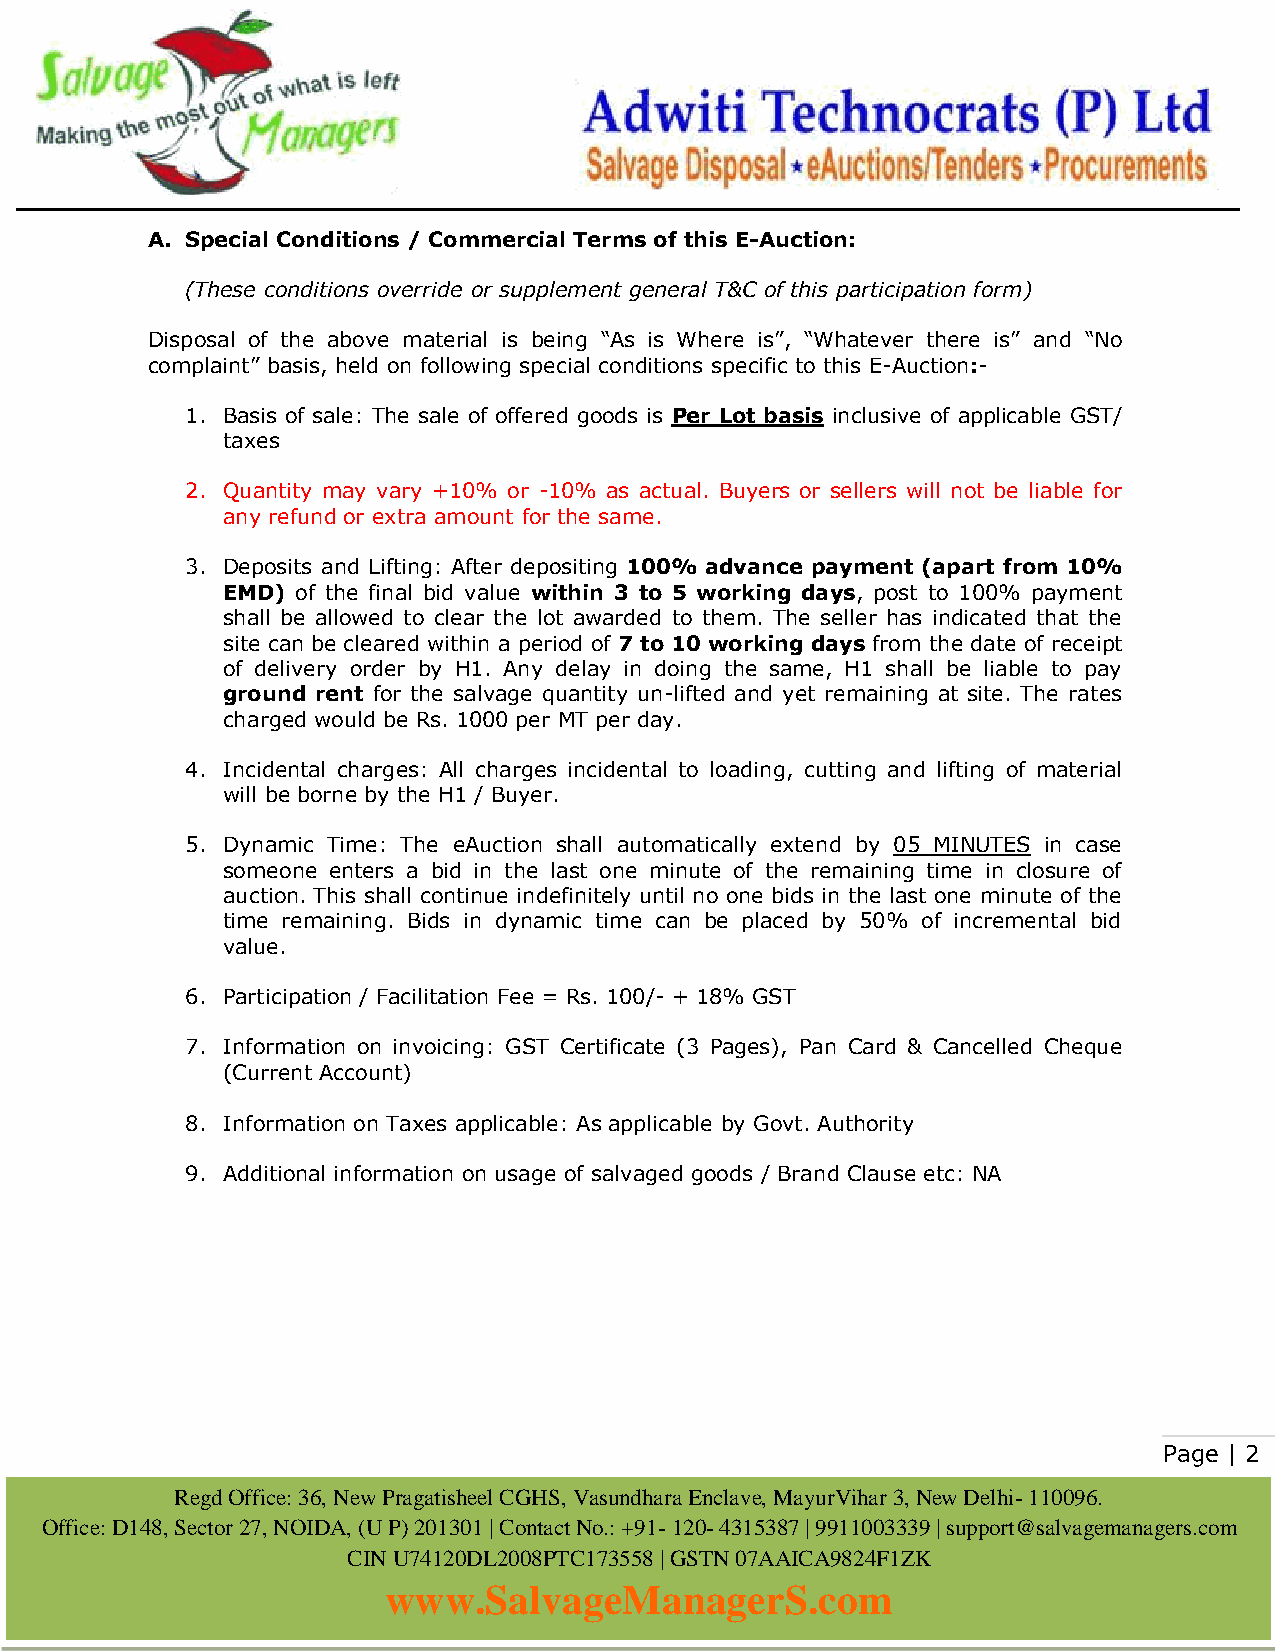
A. Special Conditions / Commercial Terms of this E-Auction:
 (These conditions override or supplement general T&C of this participation form)
 Disposal of the above material is being “As is Where is”, “Whatever there is” and “No
 complaint” basis, held on following special conditions specific to this E-Auction:-
 1. Basis of sale: The sale of offered goods is Per Lot basis inclusive of applicable GST/
 taxes
 2. Quantity may vary +10% or -10% as actual. Buyers or sellers will not be liable for
 any refund or extra amount for the same.
 3. Deposits and Lifting: After depositing 100% advance payment (apart from 10%
 EMD) of the final bid value within 3 to 5 working days, post to 100% payment
 shall be allowed to clear the lot awarded to them. The seller has indicated that the
 site can be cleared within a period of 7 to 10 working days from the date of receipt
 of delivery order by H1. Any delay in doing the same, H1 shall be liable to pay
 ground rent for the salvage quantity un-lifted and yet remaining at site. The rates
 charged would be Rs. 1000 per MT per day.
 4. Incidental charges: All charges incidental to loading, cutting and lifting of material
 will be borne by the H1 / Buyer.
 5. Dynamic Time: The eAuction shall automatically extend by 05 MINUTES in case
 someone enters a bid in the last one minute of the remaining time in closure of
 auction. This shall continue indefinitely until no one bids in the last one minute of the
 time remaining. Bids in dynamic time can be placed by 50% of incremental bid
 value.
 6. Participation / Facilitation Fee = Rs. 100/- + 18% GST
 7. Information on invoicing: GST Certificate (3 Pages), Pan Card & Cancelled Cheque
 (Current Account)
 8. Information on Taxes applicable: As applicable by Govt. Authority
 9. Additional information on usage of salvaged goods / Brand Clause etc: NA
 Page | 2
 Regd Office: 36, New Pragatisheel CGHS, Vasundhara Enclave, MayurVihar 3, New Delhi- 110096.
 Office: D148, Sector 27, NOIDA, (U P) 201301 | Contact No.: +91- 120- 4315387 | 9911003339 | support@salvagemanagers.com
 CIN U74120DL2008PTC173558 | GSTN 07AAICA9824F1ZK
 www.SalvageManagerS.com